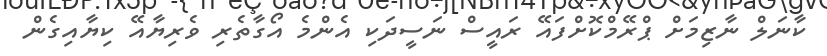
ކާނަލް ނާޒިމަށް ޕްރޭމްކޮށްފައޭ ރައީސް ނަސީދަކި އެންމެ އޯގާތެރި ވެރިޔާއޭ ކިޔާއިގެން